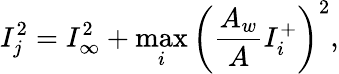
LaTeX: I_{j}^{2}=I_{\infty}^{2}+\operatorname*{max}_{i}\left(\frac{A_{w}}{A}I_{i}^{+}\right)^{2},